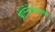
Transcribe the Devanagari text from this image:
प्रोस्टेटेक्टोमी